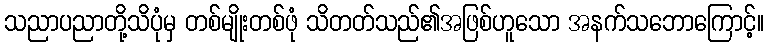
သညာပညာတို့သိပုံမှ တစ်မျိုးတစ်ဖုံ သိတတ်သည်၏အဖြစ်ဟူသော အနက်သဘောကြောင့်။